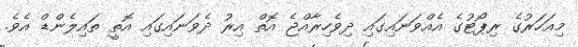
މިއަހަރުގެ ރިޕޯޓުގެ އެއްވަނައިގައި ދިވެހިރާއްޖެ އޮތް އިރު ދެވަނައިގައި އޮތީ ތައިލެންޑް އެވެ.